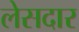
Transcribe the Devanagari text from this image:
लेसदार